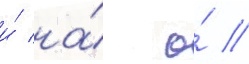
и́ на́ о́ //